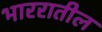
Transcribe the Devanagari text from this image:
भाररातील